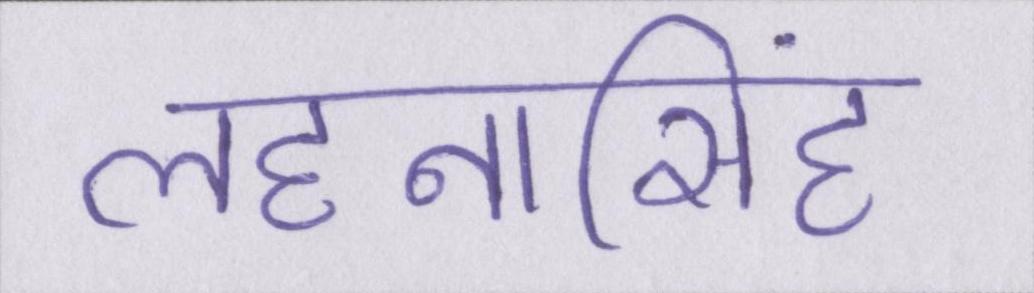
लहनासिंह